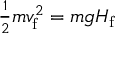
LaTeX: \textstyle { \frac { 1 } { 2 } } m v _ { \mathrm { f } } ^ { 2 } = m g H _ { \mathrm { f } }